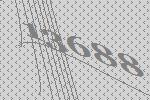
13688